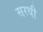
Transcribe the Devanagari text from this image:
सरधी